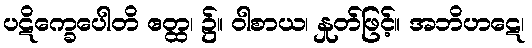
ပဋိက္ခေပေါတိ ဧတ္ထ၊ ၌။ ဝါစာယ၊ နှုတ်ဖြင့်။ အဘိဟဋေ၊